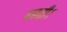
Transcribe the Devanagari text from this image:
बहती।